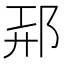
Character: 𲆑